Document type: Grant
Year: 1310
Scribe: [Unknown]
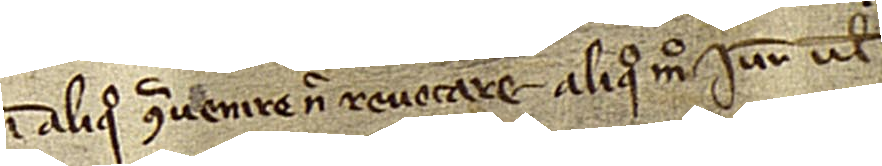
in aliquo contravenire nec revocare aliquomodo, iure vel